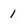
Character: 1